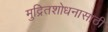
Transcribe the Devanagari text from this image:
मुद्रितशोधनासाठी